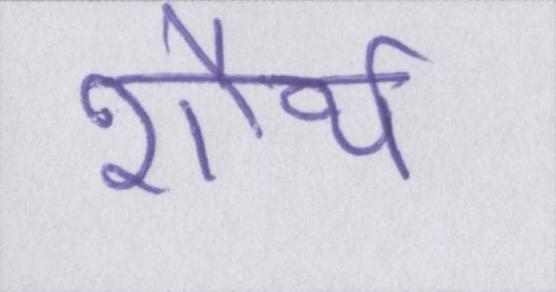
शौर्य